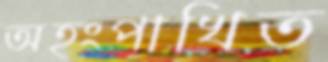
অহংপাখিত